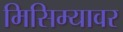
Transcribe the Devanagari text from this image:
मिसिम्यावर